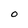
Character: O